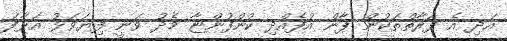
އަދި އެ ފަރާތްތަކުން ޕާން އުފެއްދި ކުންފުންޏާ މެދު ވަނީ ފިޔަވަޅު އަޅާފަ